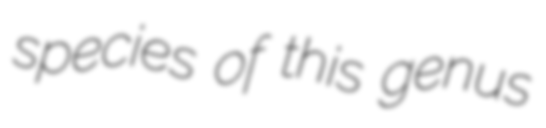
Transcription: species of this genus